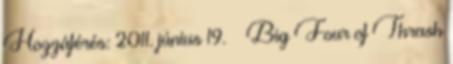
Hozzáférés: 2011. június 19. ↑ Big Four of Thrash